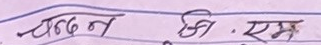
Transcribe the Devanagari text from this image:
चन्दन सी . एम